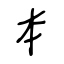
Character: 本